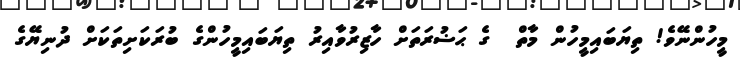
މީހުންނޭވެ! ތިޔަބައިމީހުން މާތް  ގެ ޙަޟުރަތަށް ހާޒިރުވާއިރު ތިޔަބައިމީހުންގެ ބުރަކަށިތަކަށް ދުނިޔޭގެ